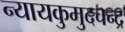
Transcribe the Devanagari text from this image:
न्यायकुमुदचन्द्र